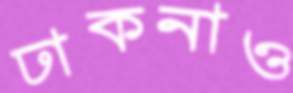
ঢাকনাও